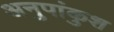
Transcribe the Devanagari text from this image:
अनुपांकुश